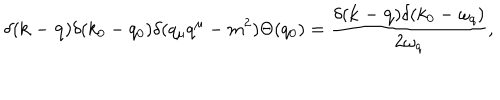
\delta ( { \bf k } - { \bf q } ) \delta ( k _ { 0 } - q _ { 0 } ) \delta ( q _ { \mu } q ^ { \mu } - m ^ { 2 } ) \Theta ( q _ { 0 } ) = \frac { \delta ( { \bf k } - { \bf q } ) \delta ( k _ { 0 } - \omega _ { q } ) } { 2 \omega _ { q } } ,